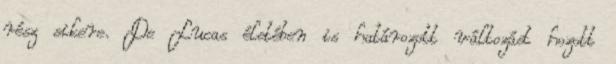
rész sikere. De Lucas életében is határozott változást hozott